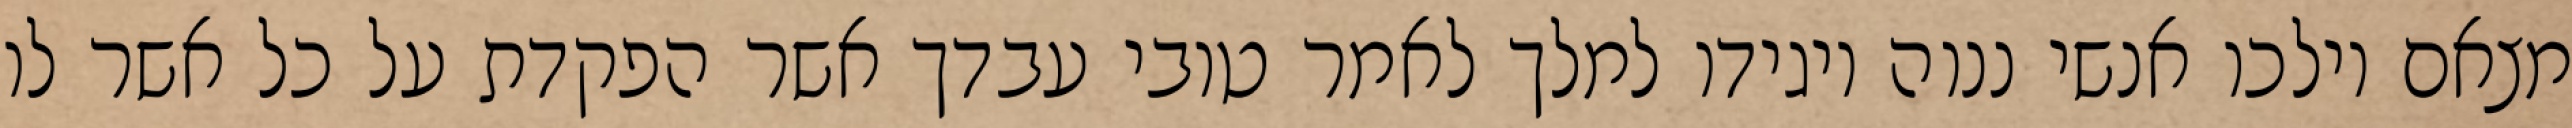
מצאם וילכו אנשי ננוה ויגידו למלך לאמר טובי עבדך אשר הפקדת על כל אשר לו